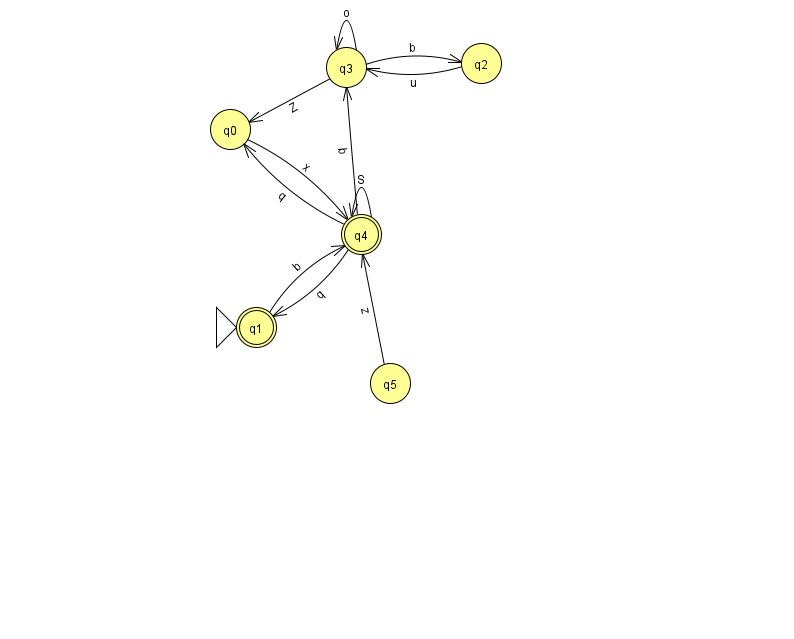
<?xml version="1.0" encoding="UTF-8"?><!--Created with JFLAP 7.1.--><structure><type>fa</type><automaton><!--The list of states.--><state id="0" name="q0"><x>230.0</x><y>116.0</y></state><state id="1" name="q1"><x>256.0</x><y>314.0</y><initial/><final/></state><state id="2" name="q2"><x>481.0</x><y>50.0</y></state><state id="3" name="q3"><x>346.0</x><y>54.0</y></state><state id="4" name="q4"><x>361.0</x><y>221.0</y><final/></state><state id="5" name="q5"><x>390.0</x><y>370.0</y></state><!--The list of transitions.--><transition><from>5</from><to>4</to><read>z</read></transition><transition><from>3</from><to>0</to><read>Z</read></transition><transition><from>4</from><to>4</to><read>S</read></transition><transition><from>0</from><to>4</to><read>x</read></transition><transition><from>4</from><to>3</to><read>b</read></transition><transition><from>1</from><to>4</to><read>b</read></transition><transition><from>4</from><to>1</to><read>q</read></transition><transition><from>2</from><to>3</to><read>u</read></transition><transition><from>3</from><to>2</to><read>b</read></transition><transition><from>4</from><to>0</to><read>q</read></transition><transition><from>3</from><to>3</to><read>o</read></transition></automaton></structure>